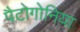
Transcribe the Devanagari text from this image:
पैटोगोनिया